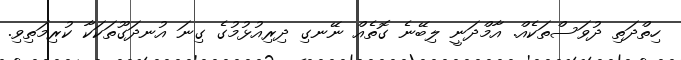
ހިތްދަތި ދުވަސްތަކެއް. އާމްދަނީ ލިބޭނެ ގޮތެއް ނޭނގި ދިރިއުޅުމުގެ ގިނަ އުނދަގޫތަކަކާ ކުރިމަތިވި.